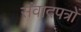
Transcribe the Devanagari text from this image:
संवादपत्रों